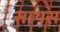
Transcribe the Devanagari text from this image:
साथस